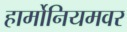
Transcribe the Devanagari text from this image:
हार्मोनियमवर